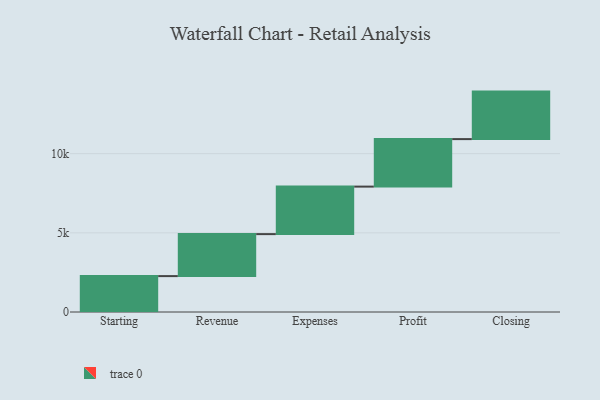
{"axis": {"x": "Step", "y": "Value"}, "legend": [""], "data": [{"x": "Starting", "y": 2267.0, "type": ""}, {"x": "Revenue", "y": 2652.0, "type": ""}, {"x": "Expenses", "y": 3000, "type": ""}, {"x": "Profit", "y": 3000, "type": ""}, {"x": "Closing", "y": 3000, "type": ""}]}